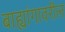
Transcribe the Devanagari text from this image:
बाह्यांगावरील